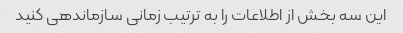
این سه بخش از اطلاعات را به ترتیب زمانی سازماندهی کنید